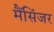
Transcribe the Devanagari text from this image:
मैंसिंजर